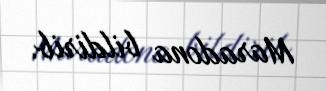
Maradona bildirib.